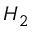
H _ { 2 }